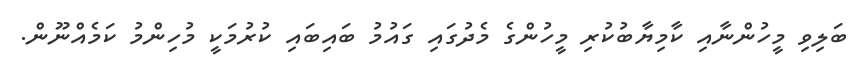
ބަލިވި މީހުންނާއި ކާމިޔާބުކުރި މީހުންގެ މެދުގައި ގައުމު ބައިބައި ކުރުމަކީ މުހިންމު ކަމެއްނޫން.